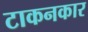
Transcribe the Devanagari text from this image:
टाकनकार